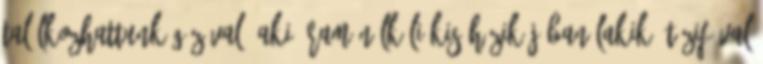
találkozhattunk Gézával, aki áram nélküli kis házikójában lakik. Tűzifával